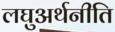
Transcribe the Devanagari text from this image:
लघुअर्थनीति